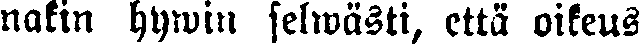
nakin hywin selwästi, että oikeus